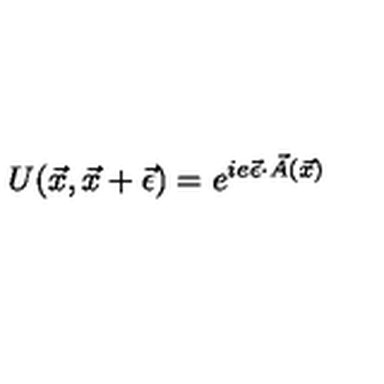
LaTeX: U ( \vec { x } , \vec { x } + \vec { \epsilon } ) = e ^ { i e \vec { \epsilon } \cdot \vec { A } ( \vec { x } ) }